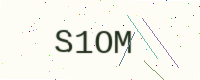
Text: S1OM